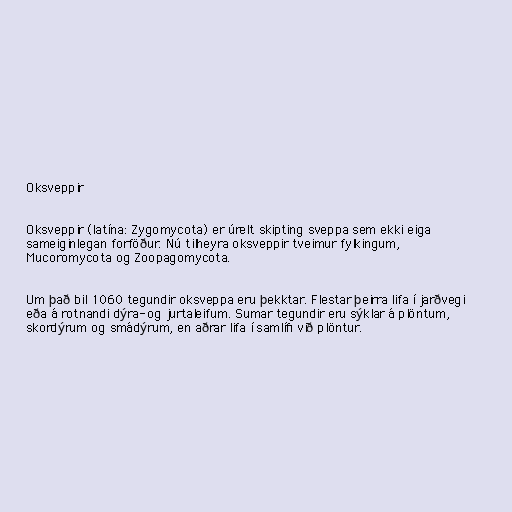
Oksveppir

Oksveppir (latína: Zygomycota) er úrelt skipting sveppa sem ekki eiga
sameiginlegan forföður. Nú tilheyra oksveppir tveimur fylkingum,
Mucoromycota og Zoopagomycota.

Um það bil 1060 tegundir oksveppa eru þekktar. Flestar þeirra lifa í jarðvegi
eða á rotnandi dýra- og jurtaleifum. Sumar tegundir eru sýklar á plöntum,
skordýrum og smádýrum, en aðrar lifa í samlífi við plöntur.